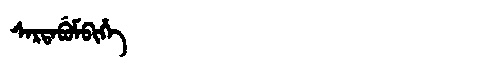
Manchu: ᠰᠠᡵᡨᠠᠪᡠᠮᠪᡳᡥᡝ
Romanization: SARTABUMBIHE